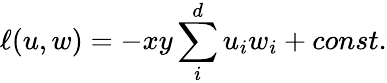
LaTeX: \ell(u,w)=-{xy}\sum_{i}^{d}u_{i}w_{i}+const.